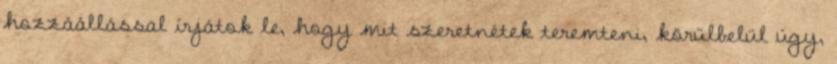
hozzáállással írjátok le, hogy mit szeretnétek teremteni, körülbelül úgy,